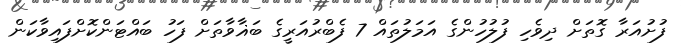
ފުށުއަރާ ގޮތަށް ދިވެހި ފުލުހުންގެ އަމަލުތައް 7 ފެބްރުއަރީގެ ބަޣާވާތަށް ފަހު ބައްޓަންކޮށްފައިވާކަން